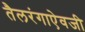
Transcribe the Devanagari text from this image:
तैलरंगाऐवजी